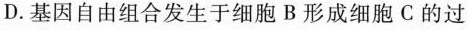
D.基因自由组合发生于细胞B形成细胞C的过